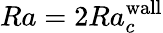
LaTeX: Ra=2Ra_{c}^{\textrm{wall}}